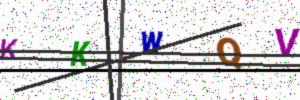
Text: KKWQV